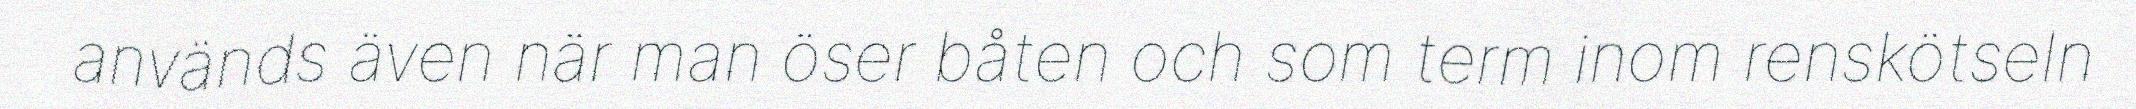
används även när man öser båten och som term inom renskötseln